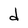
Character: d